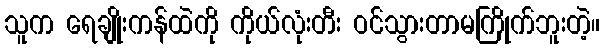
သူက ရေချိုးကန်ထဲကို ကိုယ်လုံးတီး ဝင်သွားတာမကြိုက်ဘူးတဲ့။